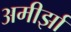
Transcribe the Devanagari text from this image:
अमीर्झा